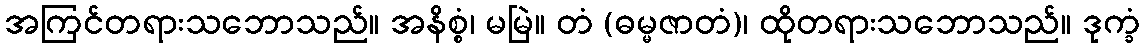
အကြင်တရားသဘောသည်။ အနိစ္စံ၊ မမြဲ။ တံ (ဓမ္မဇာတံ)၊ ထိုတရားသဘောသည်။ ဒုက္ခံ